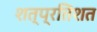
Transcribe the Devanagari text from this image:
शत्प्रतिशत